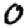
Digit: 0